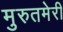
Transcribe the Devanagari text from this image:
मुरुतमेरी